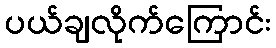
ပယ်ချလိုက်ကြောင်း